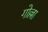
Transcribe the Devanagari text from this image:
गोल्ला